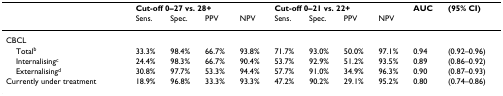
<table><thead><tr><td></td><td colspan="4"><b>Cut-off 0–27 vs. 28+</b></td><td colspan="4"><b>Cut-off 0–21 vs. 22+</b></td><td><b>AUC</b></td><td><b>(95% CI)</b></td></tr><tr><td></td><td><b>Sens.</b></td><td><b>Spec.</b></td><td><b>PPV</b></td><td><b>NPV</b></td><td><b>Sens.</b></td><td><b>Spec.</b></td><td><b>PPV</b></td><td><b>NPV</b></td><td></td><td></td></tr></thead><tbody><tr><td>CBCL</td><td></td><td></td><td></td><td></td><td></td><td></td><td></td><td></td><td></td><td></td></tr><tr><td> Total<sup>b</sup></td><td>33.3%</td><td>98.4%</td><td>66.7%</td><td>93.8%</td><td>71.7%</td><td>93.0%</td><td>50.0%</td><td>97.1%</td><td>0.94</td><td>(0.92–0.96)</td></tr><tr><td> Internalising<sup>c</sup></td><td>24.4%</td><td>98.3%</td><td>66.7%</td><td>90.4%</td><td>53.7%</td><td>92.9%</td><td>51.2%</td><td>93.5%</td><td>0.89</td><td>(0.86–0.92)</td></tr><tr><td> Externalising<sup>d</sup></td><td>30.8%</td><td>97.7%</td><td>53.3%</td><td>94.4%</td><td>57.7%</td><td>91.0%</td><td>34.9%</td><td>96.3%</td><td>0.90</td><td>(0.87–0.93)</td></tr><tr><td>Currently under treatment</td><td>18.9%</td><td>96.8%</td><td>33.3%</td><td>93.3%</td><td>47.2%</td><td>90.2%</td><td>29.1%</td><td>95.2%</td><td>0.80</td><td>(0.74–0.86)</td></tr></tbody></table>